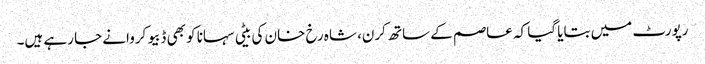
رپورٹ میں بتایا گیا کہ عاصم کے ساتھ کرن، شاہ رخ خان کی بیٹی سہانا کو بھی ڈبیو کروانے جا رہے ہیں۔